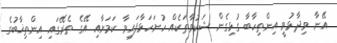
އޭނާ ވިދާޅުވީ އިންތިހާބާ ގުޅިގެން ޝަކުވާތަކެއް ހުށަހަޅާފައިވާ ކަމަށާއި އޭގެ ތެރޭގައި އިންތިޚާބުގެ